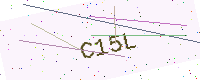
Text: C15L